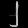
Digit: ၂